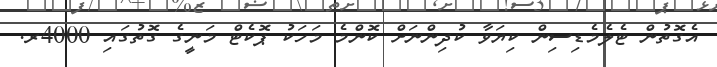
އެގޮތުން ޓެލެމެޑިސިން ކިޔަވާ ކުދިންނަށް ކޮންމެ މަހަކު ޕޮކެޓް މަނީގެ ގޮތުގައި 4000ރ.